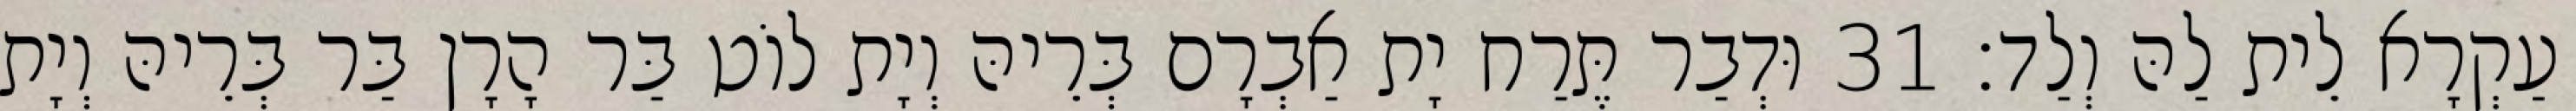
עַקְרָא לֵית לַהּ וְלַד׃ 31 וּדְבַר תֶּרַח יָת אַבְרָם בְּרֵיהּ וְיָת לוֹט בַּר הָרָן בַּר בְּרֵיהּ וְיָת